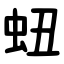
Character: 䖡